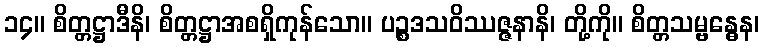
၁၄။ စိတ္တဋ္ဌာဒီနိ၊ စိတ္တဋ္ဌာအစရှိကုန်သော။ ပဉ္စဒသဝိဿဇ္ဇနာနိ၊ တို့ကို။ စိတ္တသမ္ဗန္ဓေန၊